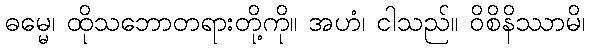
ဓမ္မေ၊ ထိုသဘောတရားတို့ကို။ အဟံ၊ ငါသည်။ ဝိစိနိဿာမိ၊